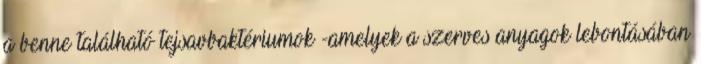
a benne található tejsavbaktériumok -amelyek a szerves anyagok lebontásában